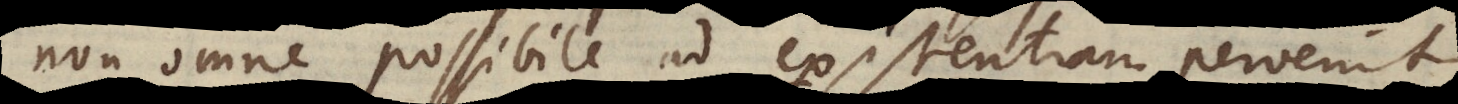
Non omne possibile ad existentiam pervenit.